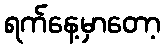
ရက်နေ့မှာတော့